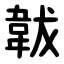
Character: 韍